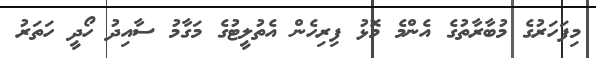
މިފަހަރުގެ މުބާރާތުގެ އެންމެ މޮޅު ފިރިހެން އެތުލީޓުގެ މަގާމު ސާއިދު ހޯދީ ހަތަރު